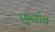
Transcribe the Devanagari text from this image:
फुलांच